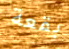
بقعة